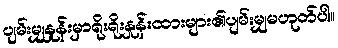
ပျမ်းမျှနှုန်းမှာရိုးရိုးနှုန်းထားများ၏ပျမ်းမျှမဟုတ်ပါ။